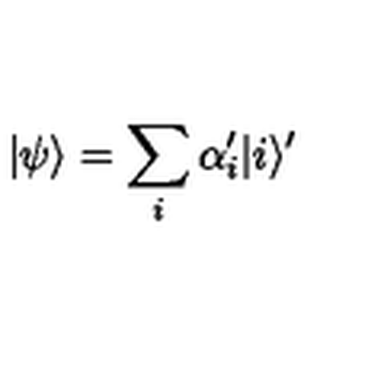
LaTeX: | \psi \rangle = \sum _ { i } \alpha _ { i } ^ { \prime } | i \rangle ^ { \prime }